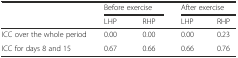
|  | <COLSPAN=2> Before exercise | <COLSPAN=2> After exercise |
 |  | LHP | RHP | LHP | RHP |
 | --- | --- | --- | --- | --- |
 | ICC over the whole period | 0.00 | 0.00 | 0.00 | 0.23 |
 | ICC for days 8 and 15 | 0.67 | 0.66 | 0.66 | 0.76 |